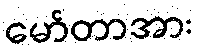
မော်တာအား